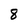
Character: 8